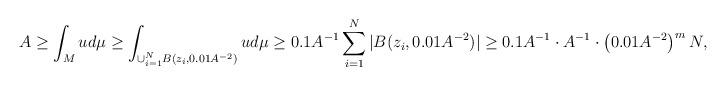
LaTeX: \begin{align*} A \geq \int_M u d\mu \geq \int_{\cup_{i=1}^N B(z_i, 0.01A^{-2})} u d\mu \geq 0.1 A^{-1} \sum_{i=1}^{N} |B(z_i, 0.01A^{-2})| \geq 0.1 A^{-1} \cdot A^{-1} \cdot \left(0.01 A^{-2} \right)^m N, \end{align*}